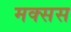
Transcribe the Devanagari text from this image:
मक्सस